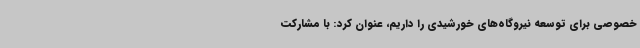
خصوصی برای توسعه نیروگاه‌های خورشیدی را داریم، عنوان کرد: با مشارکت